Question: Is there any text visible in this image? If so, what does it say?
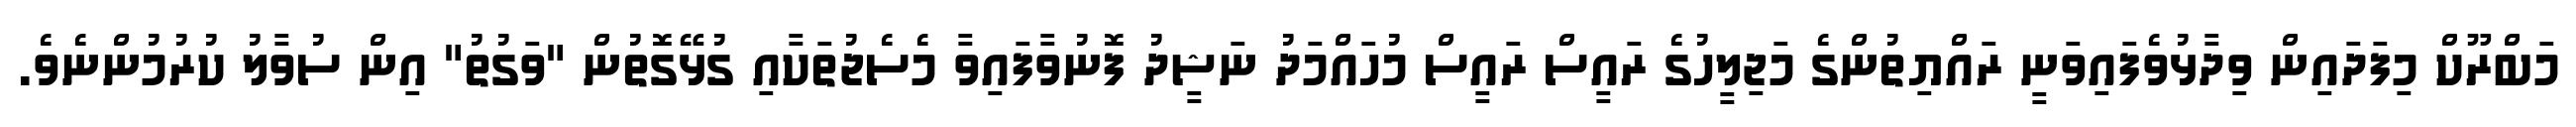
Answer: މަބްރޫކް މިފަދައިން ވިދާޅުވެފައިވަނީ ރައްޔިތުންގެ މަޖިލީހުގެ ރައީސް ރައީސް މުހައްމަދު ނަޝީދު ފޮނުވާފައިވާ މެސެޖުތަކާއި ގުޅޭގޮތުން "ވަގުތު" އިން ސުވާލު ކުރުމުންނެވެ.